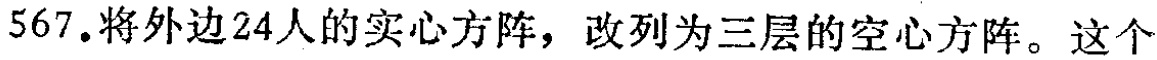
567.将外边24人的实心方阵，改列为三层的空心方阵。这个